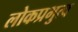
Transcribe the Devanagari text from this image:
लोकप्रभुत्व